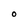
Character: O